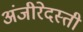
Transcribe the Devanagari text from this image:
अंजीरेदस्ती